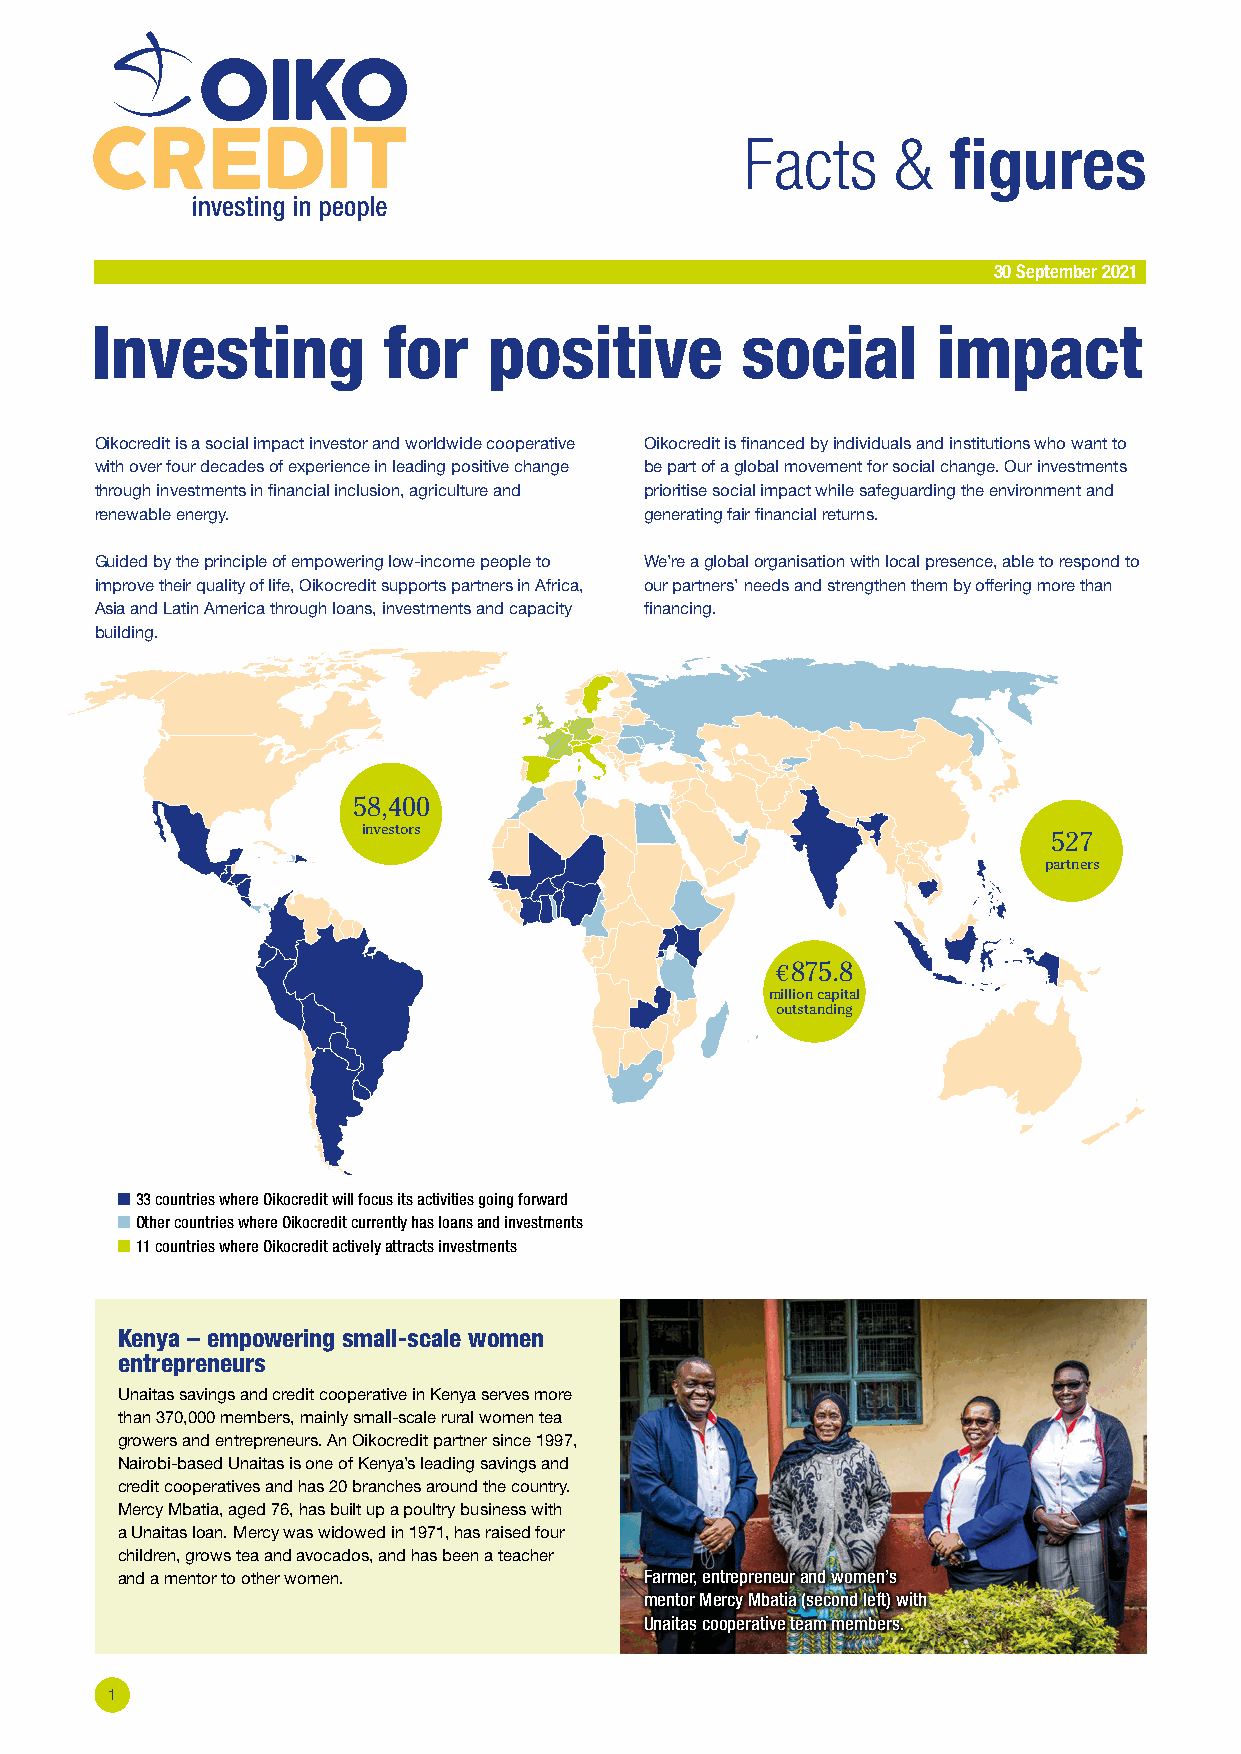
Facts     &   figures
 30 September 2021
 Investing          for    positive         social       impact
 Oikocredit is a social impact investor and worldwide cooperative Oikocredit is financed by individuals and institutions who want to
 with over four decades of experience in leading positive change be part of a global movement for social change. Our investments
 through investments in financial inclusion, agriculture and prioritise social impact while safeguarding the environment and
 renewable energy.                    generating fair financial returns.
 Guided by the principle of empowering low-income people to We’re a global organisation with local presence, able to respond to
 improve their quality of life, Oikocredit supports partners in Africa, our partners’ needs and strengthen them by offering more than
 Asia and Latin America through loans, investments and capacity financing.
 building.
 58,400
 investors
 527
 partners
 € 875.8
 million capital
 outstanding
 33 countries where Oikocredit will focus its activities going forward
 Other countries where Oikocredit currently has loans and investments
 11 countries where Oikocredit actively attracts investments
 Kenya – empowering small-scale women
 entrepreneurs
 Unaitas savings and credit cooperative in Kenya serves more
 than 370,000 members, mainly small-scale rural women tea
 growers and entrepreneurs. An Oikocredit partner since 1997,
 Nairobi-based Unaitas is one of Kenya’s leading savings and
 credit cooperatives and has 20 branches around the country.
 Mercy Mbatia, aged 76, has built up a poultry business with
 a Unaitas loan. Mercy was widowed in 1971, has raised four
 children, grows tea and avocados, and has been a teacher
 and a mentor to other women.       Farmer, entrepreneur and women’s
 mentor Mercy Mbatia (second left) with
 Unaitas cooperative team members.
 1